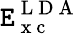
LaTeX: \mathtt{E}_{\mathrm{{~x~c~}}}^{\mathrm{{~L~D~A~}}}